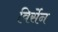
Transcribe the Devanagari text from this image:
विर्सेन